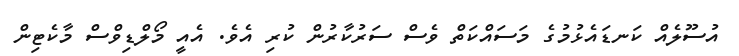
އުސޫލެއް ކަނޑައެޅުމުގެ މަސައްކަތް ވެސް ސަރުކާރުން ކުރި އެވެ. އެއީ މޯލްޑިވްސް މާކެޓިން